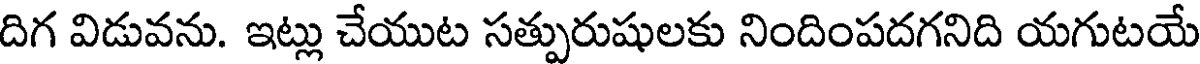
దిగ విడువను. ఇట్లు చేయుట సత్పురుషులకు నిందింపదగనిది యగుటయే